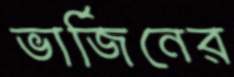
ভার্জিনের